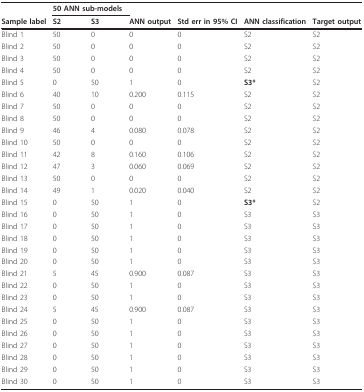
<table><thead><tr><td></td><td colspan="2"><b>50 ANN sub-models</b></td><td></td><td></td><td></td><td></td></tr><tr><td><b>Sample label</b></td><td><b>S2</b></td><td><b>S3</b></td><td><b>ANN output</b></td><td><b>Std err in 95% CI</b></td><td><b>ANN classification</b></td><td><b>Target output</b></td></tr></thead><tbody><tr><td>Blind 1</td><td>50</td><td>0</td><td>0</td><td>0</td><td>S2</td><td>S2</td></tr><tr><td>Blind 2</td><td>50</td><td>0</td><td>0</td><td>0</td><td>S2</td><td>S2</td></tr><tr><td>Blind 3</td><td>50</td><td>0</td><td>0</td><td>0</td><td>S2</td><td>S2</td></tr><tr><td>Blind 4</td><td>50</td><td>0</td><td>0</td><td>0</td><td>S2</td><td>S2</td></tr><tr><td>Blind 5</td><td>0</td><td>50</td><td>1</td><td>0</td><td><b>S3*</b></td><td>S2</td></tr><tr><td>Blind 6</td><td>40</td><td>10</td><td>0.200</td><td>0.115</td><td>S2</td><td>S2</td></tr><tr><td>Blind 7</td><td>50</td><td>0</td><td>0</td><td>0</td><td>S2</td><td>S2</td></tr><tr><td>Blind 8</td><td>50</td><td>0</td><td>0</td><td>0</td><td>S2</td><td>S2</td></tr><tr><td>Blind 9</td><td>46</td><td>4</td><td>0.080</td><td>0.078</td><td>S2</td><td>S2</td></tr><tr><td>Blind 10</td><td>50</td><td>0</td><td>0</td><td>0</td><td>S2</td><td>S2</td></tr><tr><td>Blind 11</td><td>42</td><td>8</td><td>0.160</td><td>0.106</td><td>S2</td><td>S2</td></tr><tr><td>Blind 12</td><td>47</td><td>3</td><td>0.060</td><td>0.069</td><td>S2</td><td>S2</td></tr><tr><td>Blind 13</td><td>50</td><td>0</td><td>0</td><td>0</td><td>S2</td><td>S2</td></tr><tr><td>Blind 14</td><td>49</td><td>1</td><td>0.020</td><td>0.040</td><td>S2</td><td>S2</td></tr><tr><td>Blind 15</td><td>0</td><td>50</td><td>1</td><td>0</td><td><b>S3*</b></td><td>S2</td></tr><tr><td>Blind 16</td><td>0</td><td>50</td><td>1</td><td>0</td><td>S3</td><td>S3</td></tr><tr><td>Blind 17</td><td>0</td><td>50</td><td>1</td><td>0</td><td>S3</td><td>S3</td></tr><tr><td>Blind 18</td><td>0</td><td>50</td><td>1</td><td>0</td><td>S3</td><td>S3</td></tr><tr><td>Blind 19</td><td>0</td><td>50</td><td>1</td><td>0</td><td>S3</td><td>S3</td></tr><tr><td>Blind 20</td><td>0</td><td>50</td><td>1</td><td>0</td><td>S3</td><td>S3</td></tr><tr><td>Blind 21</td><td>5</td><td>45</td><td>0.900</td><td>0.087</td><td>S3</td><td>S3</td></tr><tr><td>Blind 22</td><td>0</td><td>50</td><td>1</td><td>0</td><td>S3</td><td>S3</td></tr><tr><td>Blind 23</td><td>0</td><td>50</td><td>1</td><td>0</td><td>S3</td><td>S3</td></tr><tr><td>Blind 24</td><td>5</td><td>45</td><td>0.900</td><td>0.087</td><td>S3</td><td>S3</td></tr><tr><td>Blind 25</td><td>0</td><td>50</td><td>1</td><td>0</td><td>S3</td><td>S3</td></tr><tr><td>Blind 26</td><td>0</td><td>50</td><td>1</td><td>0</td><td>S3</td><td>S3</td></tr><tr><td>Blind 27</td><td>0</td><td>50</td><td>1</td><td>0</td><td>S3</td><td>S3</td></tr><tr><td>Blind 28</td><td>0</td><td>50</td><td>1</td><td>0</td><td>S3</td><td>S3</td></tr><tr><td>Blind 29</td><td>0</td><td>50</td><td>1</td><td>0</td><td>S3</td><td>S3</td></tr><tr><td>Blind 30</td><td>0</td><td>50</td><td>1</td><td>0</td><td>S3</td><td>S3</td></tr></tbody></table>